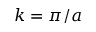
k = \pi / a